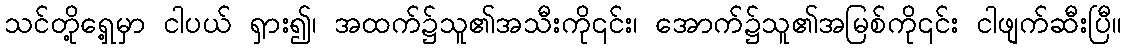
သင်တို့ရှေ့မှာ ငါပယ် ရှား၍၊ အထက်၌သူ၏အသီးကို၎င်း၊ အောက်၌သူ၏အမြစ်ကို၎င်း ငါဖျက်ဆီးပြီ။